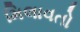
મિલાવતો